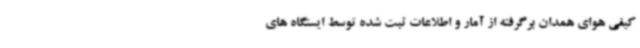
کیفی هوای همدان برگرفته از آمار و اطلاعات ثبت شده توسط ایستگاه های